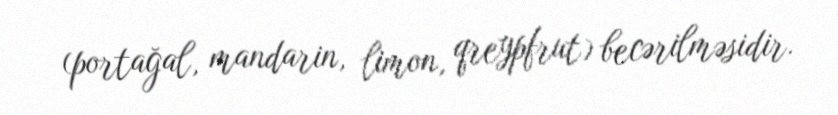
(portağal, mandarin, limon, qreypfrut) becərilməsidir.